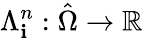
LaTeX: \Lambda_{\mathbf{i}}^{n}:\hat{{\Omega}}\to\mathbb{R}